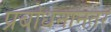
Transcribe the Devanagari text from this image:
प्रबोधनानंतर